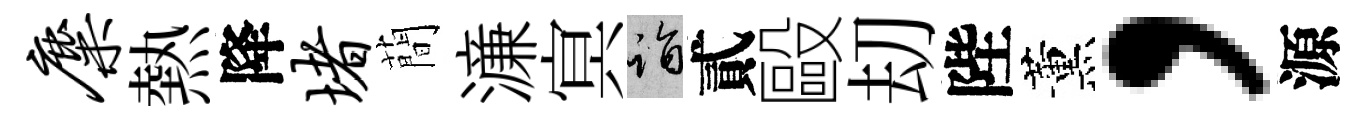
麋熱降堵蕳濓㝠诣貳毆刧陛薰，源